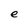
Character: e